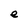
Character: e